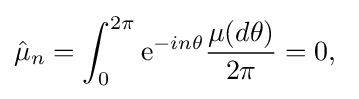
{\hat {\mu }}_{n}=\int _{0}^{2\pi }{\rm {e}}^{-in\theta }{\frac {\mu (d\theta )}{2\pi }}=0,\